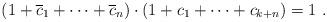
LaTeX: \begin{align*}(1 + \overline{c}_1 + \dots + \overline{c}_n) \cdot (1 + c_1 + \dots + c_{k+n}) = 1\ .\end{align*}